Accounts of Education Authorities, 1925
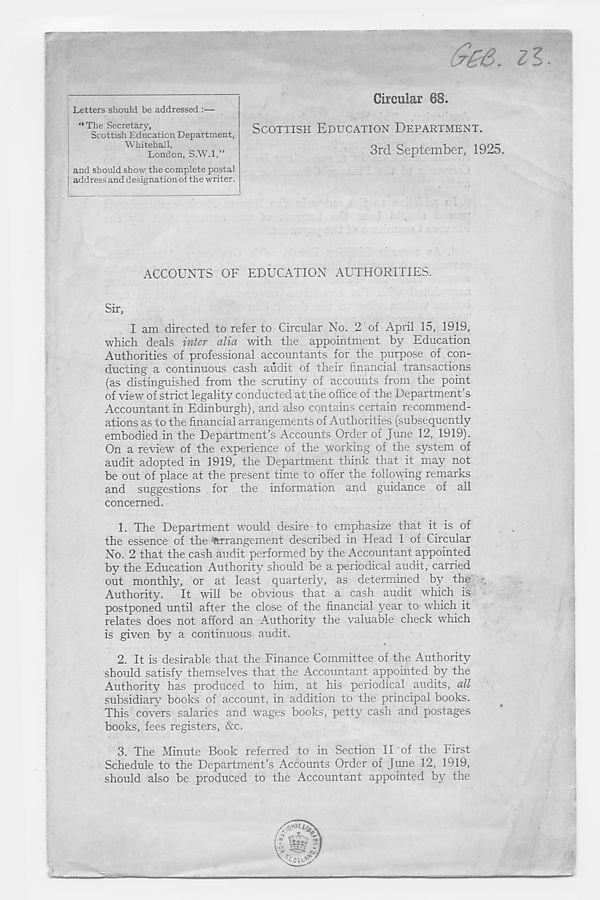
Circular 68.
(ree. ll.
Letters should be addressed :—
“The Secretary,
Scottish Education Department,
Whitehall,
London. S.W.l,”
and should show the complete postal
address and designation of the writer.
SCOTTISH EDUCATION DEPARTMENT.
3rd September, 1925.
ACCOUNTS OF EDUCATION AUTHORITIES.
Sir,
I am directed to refer to Circular No. 2 of April 15, 1919,
which deals inter alia with the appointment by Education-
Authorities of professional accountants for the purpose of con-
ducting a continuous cash audit of their financial transactions
(as distinguished from the scrutiny of accounts from the point
of view of strict legality conducted at the office of the Department's
Accountant in Edinburgh), and also contains certain recommend-
ations as to the financial arrangements of Authorities (subsequently
embodied in the Department’s Accounts Order of June 12, 1919).
On a review of the experience of the working of the system of
audit adopted in 1919, the Department think that it may not
be out of place at the present time to offer the following remarks
and suggestions for the information and guidance of all
concerned.
1. The Department would desire to emphasize that it is of
the essence of the Arrangement described in Head 1 of Circular
No. 2 that the cash audit performed by the Accountant appointed
by the Education Authority should be a periodical audit, carried
out monthly, or at least quarterly, as determined by the
Authority. It will be obvious that a cash audit which is
postponed until after the close of the financial year to which it
relates does not afford an Authority the valuable check which
is given by a continuous audit.
2. It is desirable that the Finance Committee of the Authority
should satisfy themselves that the Accountant appointed by the
Authority has produced to him, at his periodical audits, all
subsidiary books of account, in addition to the principal books.
This covers salaries and wages books, petty cash and postages
books, fees registers, &c.
3. The Minute Book referred to in Section II of the hirst
Schedule to the Department’s Accounts Order of June 12, 1919,
should also be produced to the Accountant appointed by the